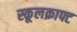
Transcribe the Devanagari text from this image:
स्कूलक्राफ्ट